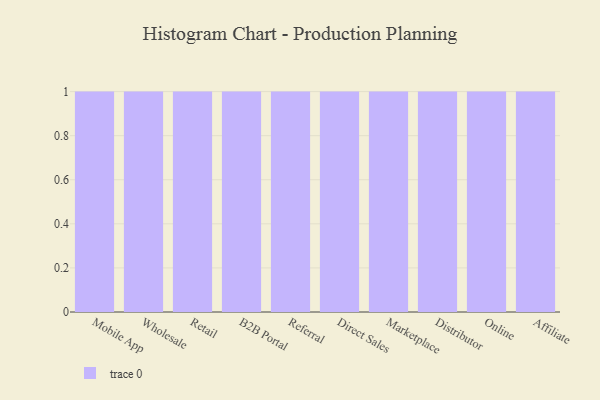
{"axis": {"x": "Channel", "y": "Temperature (°C)"}, "legend": [""], "data": [{"x": "Mobile App", "y": 31, "type": ""}, {"x": "Wholesale", "y": 16, "type": ""}, {"x": "Retail", "y": 59, "type": ""}, {"x": "B2B Portal", "y": 83, "type": ""}, {"x": "Referral", "y": 24, "type": ""}, {"x": "Direct Sales", "y": 70, "type": ""}, {"x": "Marketplace", "y": 2, "type": ""}, {"x": "Distributor", "y": 77, "type": ""}, {"x": "Online", "y": 14, "type": ""}, {"x": "Affiliate", "y": 64, "type": ""}]}